Lunatic asylums in Bengal annual reports 1912-1924 - 1912-1924
Year: 1912
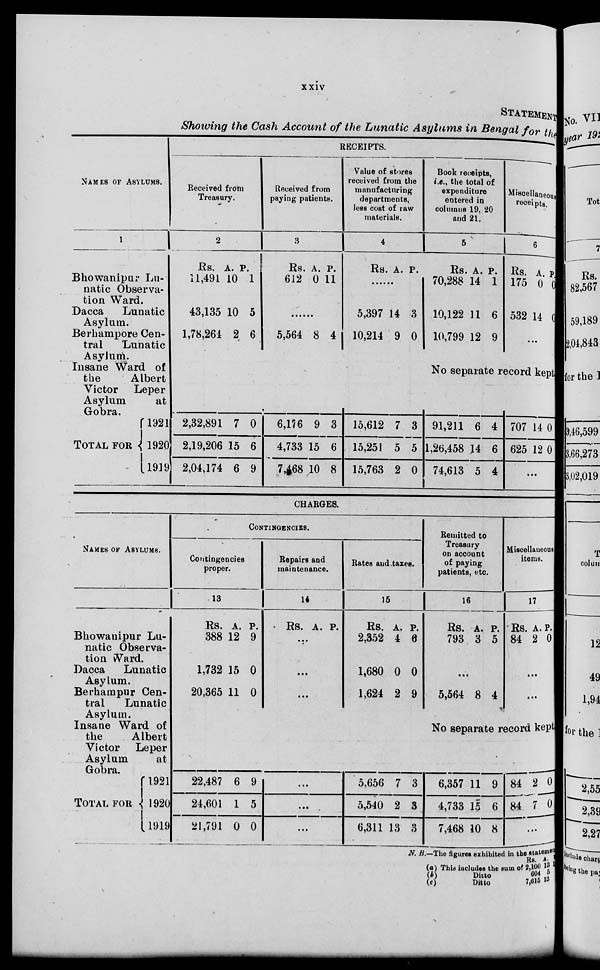
xxiv
STATEMENT
Showing the Cash Account of the Lunatic Asylums in Bengal for the
NAMES OF ASYLUMS.
1
Bhowanipur Lu-
natic Observa-
tion Ward.
Dacca
Lunatic
Asylum.
Berhampore Cen-
tral Lunatic
Asylum.
Insane Ward of
the
Albert
Victor
Leper
Asylum at
Gobra.
TOTAL FOR
1921
1920
1919
RECEIPTS.
Received from
Treasury.
2
Rs.
11,491
43,135
1,78,264
A.
10
10
2
P.
1
5
6
2,32,891
2,19,206
2,04,174
7
15
6
0
6
9
Received from
paying patients.
3
Rs.
612
A.
0
P.
11
......
5,564 8 4
6,176
4,733
7,468
9
15
10
3
6
8
Value of stores
received from the
manufacturing
departments,
less cost of raw
materials.
4
Rs. A. P.
......
5,397
10,214
14
9
3
0
15,612
15,251
15,763
7
5
2
3
5
0
Book receipts,
i.e., the total of
expenditure
entered in
columns 19, 20
and 21.
5
Rs.
70,288
10,122
10,799
A.
14
11
12
P.
1
6
9
Miscellaneous
receipts.
6
Rs.
175
532
A.
0
14
P.
0
0
...
No separate record kept
91,211
1,26,458
74,613
6
14
5
4
6
4
707
625
14
12
0
0
...
CHARGES.
NAMES OF ASYLUMS.
Bhowanipur Lu-
natic Observa-
tion Ward.
Dacca
Lunatic
Asylum.
Berhampur Cen-
tral
Lunatic
Asylum.
Insane Ward of
the
Albert
Victor Leper
Asylum at
Gobra.
TOTAL FOR
1921
1920
1919
CONTINGENCIS.
Contingencies
proper.
13
Rs.
388
1,732
20,365
A.
12
15
11
P.
9
0
0
22,487
24,601
21,791
6
1
0
9
5
0
Repairs and
maintenance.
14
Rs. A. P.
...
...
...
...
...
...
Rates and taxes.
15
Rs.
2,352
1,680
1,624
A.
4
0
2
P.
6
0
9
5,656
5,540
6,311
7
2
13
3
3
3
Remitted to
Treasury
on account
of paying
patients, etc.
16
Rs.
793
A.
3
P.
5
...
5,564 8 4
Miscellaneous
items.
17
Rs.
84
A.
2
P.
0
...
...
No separate record kept
6,357
4,733
7,468
11
15
10
9
6
8
84
84
2
7
0
0
...
N. B.-The figures exhibited in the statement
(a) This includes the sum of
(b)
Ditto
(c)
Ditto
Rs.
2,100
604 7,615
A.
18
5 13